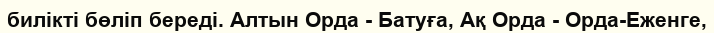
билікті бөліп береді. Алтын Орда - Батуға, Ақ Орда - Орда-Еженге,